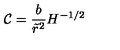
\mathcal { C } = \frac { b } { \tilde { r } ^ { 2 } } H ^ { - 1 / 2 }